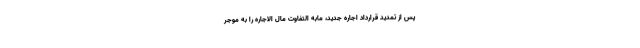
پس از تمدید قرارداد اجاره جدید، مابه­ التفاوت مال ­الاجاره را به موجر